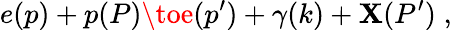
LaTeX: e(p)+p(P)\toe(p^{\prime})+\gamma(k)+\mathbf{X}(P^{\prime})\; ,